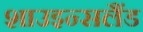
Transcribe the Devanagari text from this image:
शाउइन्सलैंड